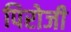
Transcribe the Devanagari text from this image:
पिरोजी